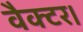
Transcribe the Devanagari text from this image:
वैक्टर।